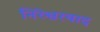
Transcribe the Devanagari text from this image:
निरेश्वरवाद